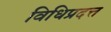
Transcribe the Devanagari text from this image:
विधिप्रदत्त